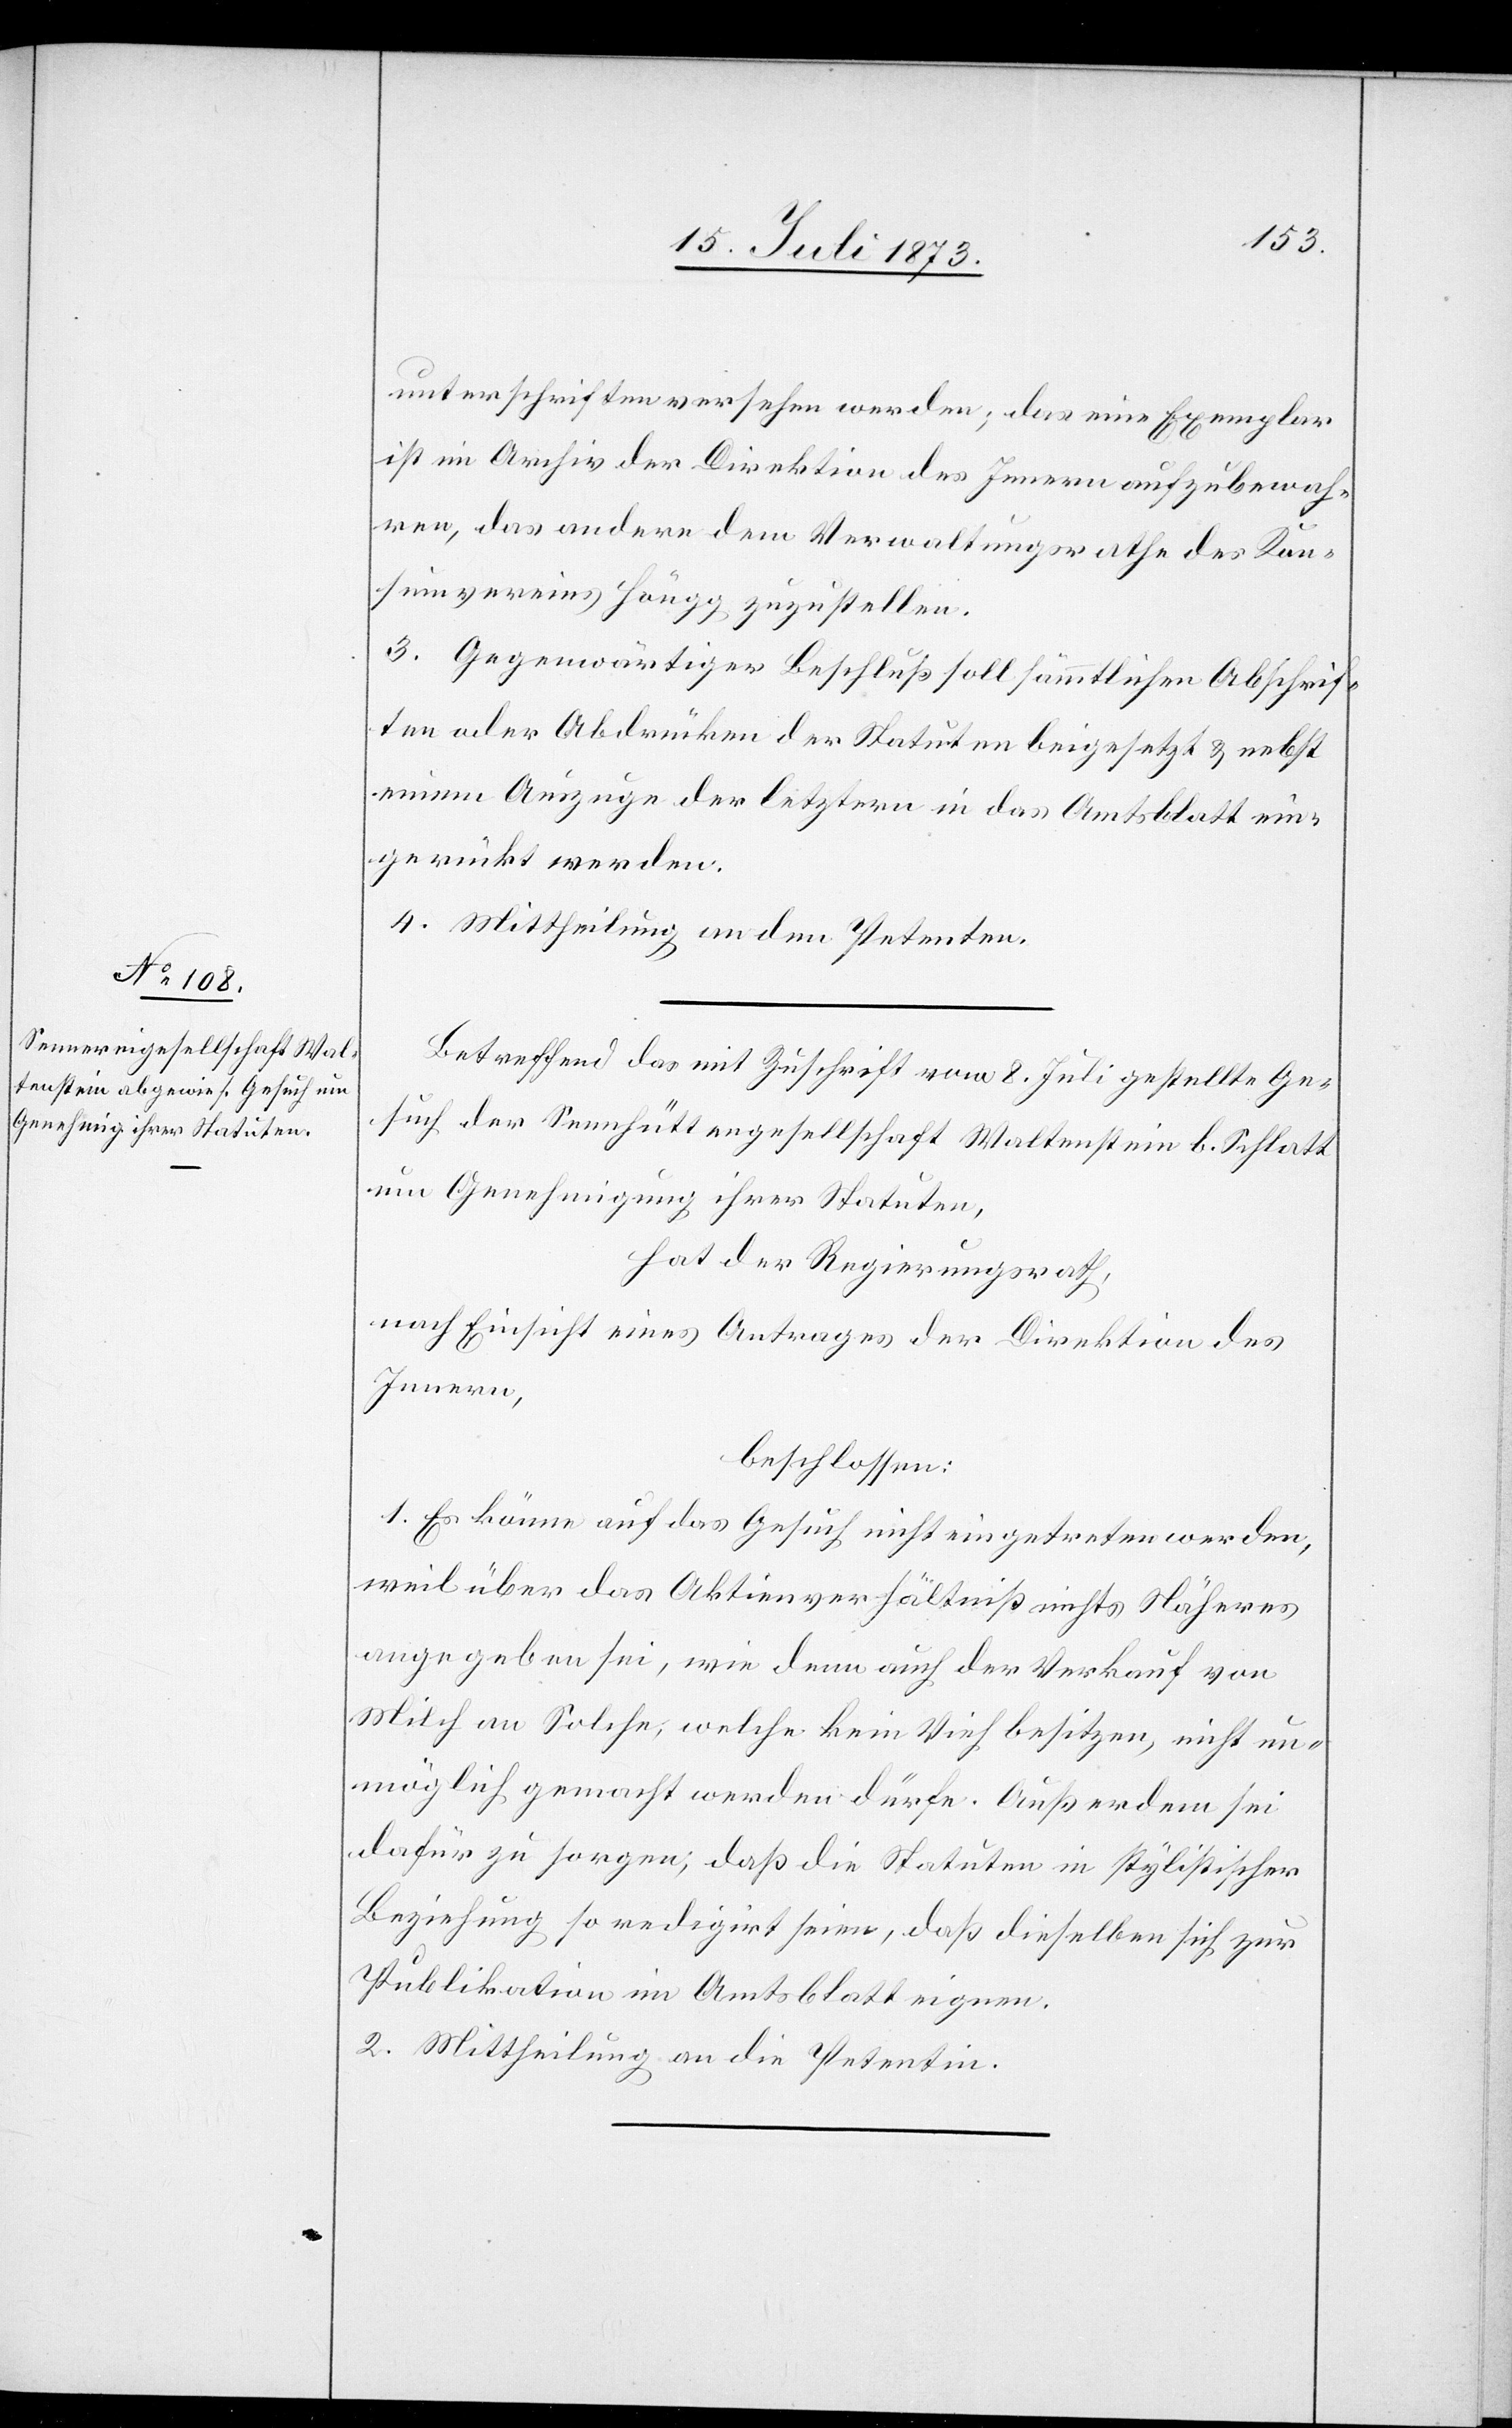
unterschriften versehen werden; das eine Exemplar
ist im Archiv der Direktion des Innern aufzubewah¬
ren, das andere dem Verwaltungsrathe des Kon¬
sumvereins Höngg zuzustellen.
3. Gegenwärtiger Beschluß soll sämmtlichen Abschrif¬
ten oder Abdrücken der Statuten beigesetzt & nebst
einem Auszuge der letztern in das Amtsblatt ein¬
gerückt werden.
4. Mittheilung an den Petenten.
Betreffend das mit Zuschrift vom 8. Juli gestellte Ge¬
such der Sennhüttengesellschaft Waltenstein b. Schlatt
um Genehmigung ihrer Statuten,
hat der Regierungsrath,
nach Einsicht eines Antrages der Direktion des
Innern,
beschlossen:
1. Es könne auf das Gesuch nicht eingetreten werden,
weil über das Aktienverhältniß nichts Näheres
angegeben sei, wie denn auch der Verkauf von
Milch an Solche, welche kein Vieh besitzen, nicht un¬
möglich gemacht werden dürfe. Außerdem sei
dafür zu sorgen, daß die Statuten in stylistischer
Beziehung so redigirt seien, daß dieselben sich zur
Publikation im Amtsblatt eignen.
2. Mittheilung an die Petentin.